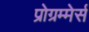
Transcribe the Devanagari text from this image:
प्रोग्रम्मेर्स